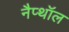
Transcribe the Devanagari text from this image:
नैप्थॉल